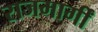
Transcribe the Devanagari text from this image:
राजमार्गीं